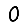
Digit: 0